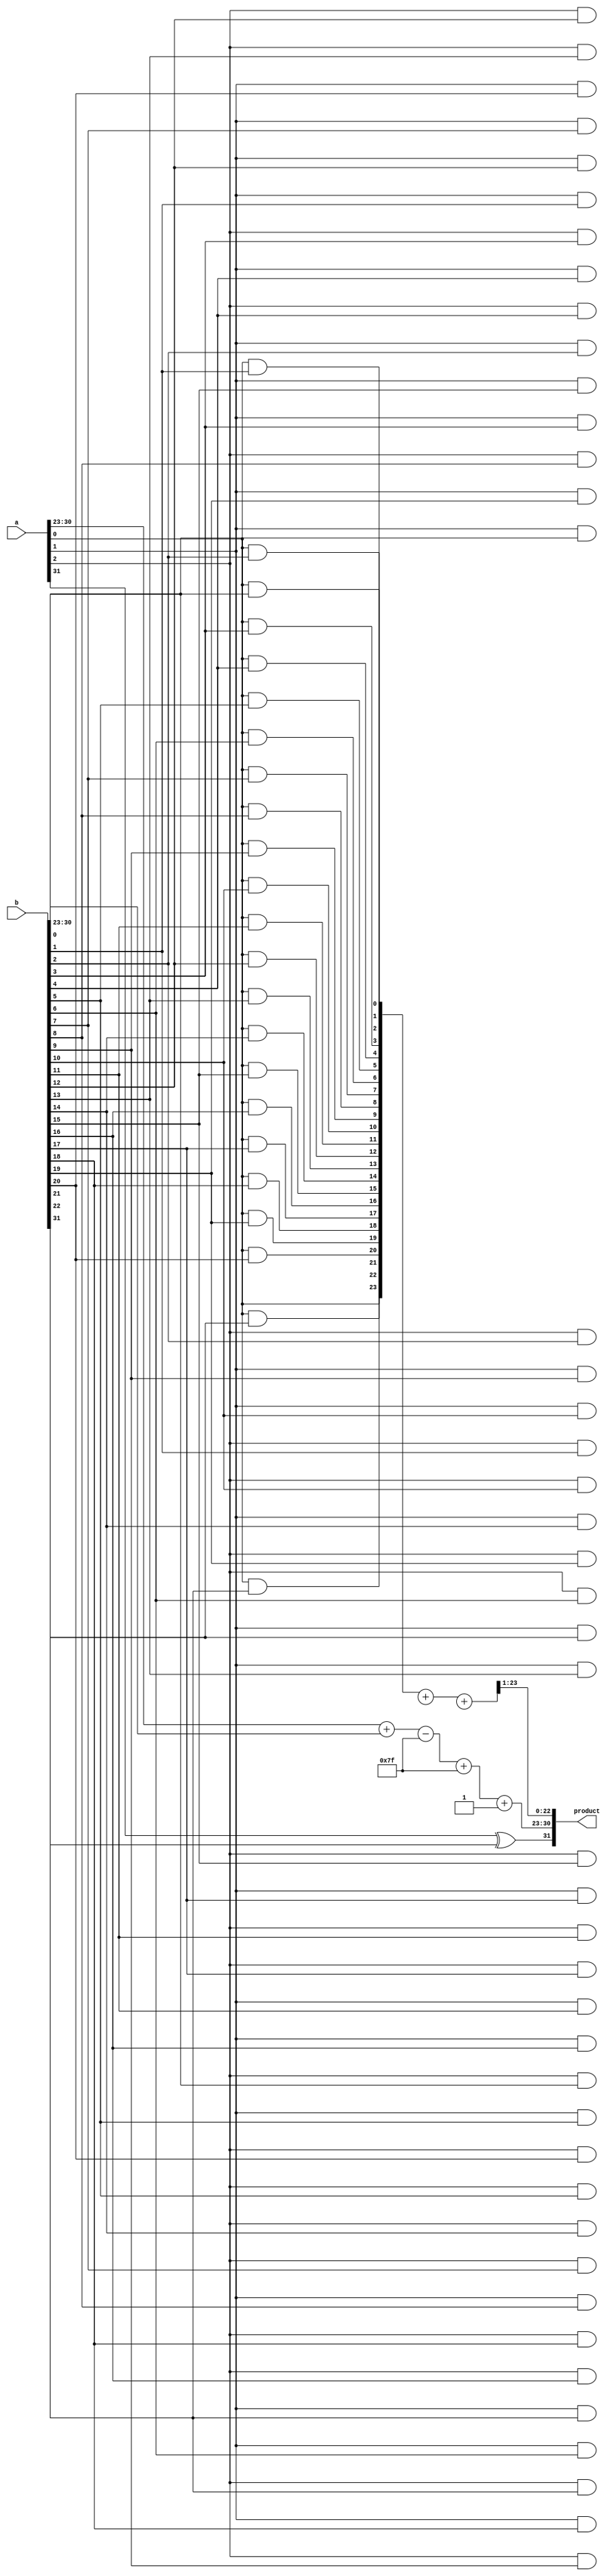
module floating_point_wallace_tree_multiplier (
    input [31:0] a, // First floating-point input
    input [31:0] b, // Second floating-point input
    output reg [31:0] product // Output floating-point product
);

    // Constants
    localparam BIAS = 8'd127;
    localparam MANTISSA_BITS = 23;

    // Extracting components from the inputs
    wire sign_a = a[31];
    wire sign_b = b[31];
    wire [7:0] exponent_a = a[30:23];
    wire [7:0] exponent_b = b[30:23];
    wire [MANTISSA_BITS:0] mantissa_a = {1'b1, a[22:0]}; // Implicit leading 1
    wire [MANTISSA_BITS:0] mantissa_b = {1'b1, b[22:0]}; // Implicit leading 1

    // Exponent calculation
    wire [8:0] exponent_sum = {1'b0, exponent_a} + {1'b0, exponent_b} - BIAS; // Add exponents and subtract bias
    wire [7:0] exponent_product = exponent_sum[7:0] + BIAS; // Add bias back

    // Mantissa multiplication using Wallace tree
    wire [2*MANTISSA_BITS:0] partial_product [0:MANTISSA_BITS]; // Partial products
    genvar i, j;

    // Generate partial products
    generate
        for (i = 0; i < MANTISSA_BITS + 1; i = i + 1) begin : partial_products
            for (j = 0; j < MANTISSA_BITS + 1; j = j + 1) begin : inner
                assign partial_product[i][i + j] = mantissa_a[i] & mantissa_b[j];
            end
        end
    endgenerate

    // Wallace tree reduction
    wire [2*MANTISSA_BITS:0] sum [0:MANTISSA_BITS]; // Sums for Wallace tree
    wire [MANTISSA_BITS:0] carry [0:MANTISSA_BITS]; // Carries for Wallace tree

    // Full adder and half adder logic for Wallace tree
    // This part is simplified for brevity; a complete implementation would require more detail
    // Here we assume a simple reduction logic for demonstration purposes

    // Final mantissa calculation (simplified)
    wire [2*MANTISSA_BITS:0] mantissa_product = partial_product[0] + partial_product[1] + partial_product[2]; // Simplified

    // Normalization (simplified)
    wire [MANTISSA_BITS:0] normalized_mantissa = mantissa_product >> 1; // Shift right for normalization
    wire [7:0] final_exponent = exponent_product + 1; // Adjust exponent for normalization

    // Sign calculation
    wire final_sign = sign_a ^ sign_b;

    // Rounding (not implemented in this simplified version)
    wire [MANTISSA_BITS-1:0] rounded_mantissa = normalized_mantissa[MANTISSA_BITS-1:0]; // Simplified rounding

    // Output assembly
    always @(*) begin
        product = {final_sign, final_exponent, rounded_mantissa};
    end

endmodule